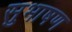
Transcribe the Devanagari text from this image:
सुभाषण